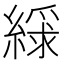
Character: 𫃿